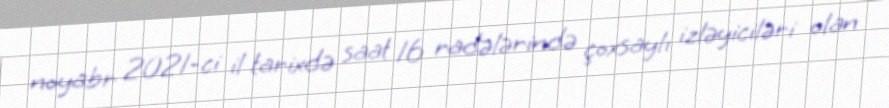
noyabr 2021-ci il tarixdə saat 16 radələrində çoxsaylı izləyiciləri olan